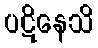
ပဋိနေသိ